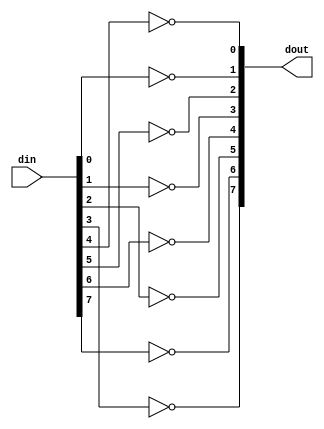
// This program was cloned from: https://github.com/zf3/nes260
// License: GNU General Public License v3.0

`timescale 1ns / 1ps
//////////////////////////////////////////////////////////////////////////////////
//  Feng Zhou, 2022-6
// 
//  Module to adapt PMOD-LED v1.1 with KV260 PMOD
//  din[7:0] will light up LED7 - LED0 correspondingly
//
//  Mapping through testing:
//  PMOD  ->  LED
//   0         4
//   1         0
//   2         5
//   3         1
//   4         6
//   5         2
//   6         7
//   7         3
//////////////////////////////////////////////////////////////////////////////////

// This need a XDC file
//set_property PACKAGE_PIN H12 [get_ports pmod[0]] ;# PMOD pin 1 - som240_1_a17
//set_property PACKAGE_PIN B10 [get_ports pmod[1]] ;# PMOD pin 2 - som240_1_b20  
//set_property PACKAGE_PIN E10 [get_ports pmod[2]] ;# PMOD pin 3 - som240_1_d20
//set_property PACKAGE_PIN E12 [get_ports pmod[3]] ;# PMOD pin 4 - som240_1_b21
//set_property PACKAGE_PIN D10 [get_ports pmod[4]] ;# PMOD pin 5 - som240_1_d21
//set_property PACKAGE_PIN D11 [get_ports pmod[5]] ;# PMOD pin 6 - som240_1_b22
//set_property PACKAGE_PIN C11 [get_ports pmod[6]] ;# PMOD pin 7 - som240_1_d22
//set_property PACKAGE_PIN B11 [get_ports pmod[7]] ;# PMOD pin 8 - som240_1_c22

//set_property IOSTANDARD LVCMOS33 [get_ports pmod*];
//set_property SLEW SLOW [get_ports pmod*];
//set_property DRIVE 4 [get_ports pmod*];

module pmod_led(
    input [7:0] din,
    output [7:0] dout
    );

assign dout[1] = ~din[0];
assign dout[3] = ~din[1];
assign dout[5] = ~din[2];
assign dout[7] = ~din[3];
assign dout[0] = ~din[4];
assign dout[2] = ~din[5];
assign dout[4] = ~din[6];
assign dout[6] = ~din[7];

endmodule